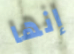
إنها